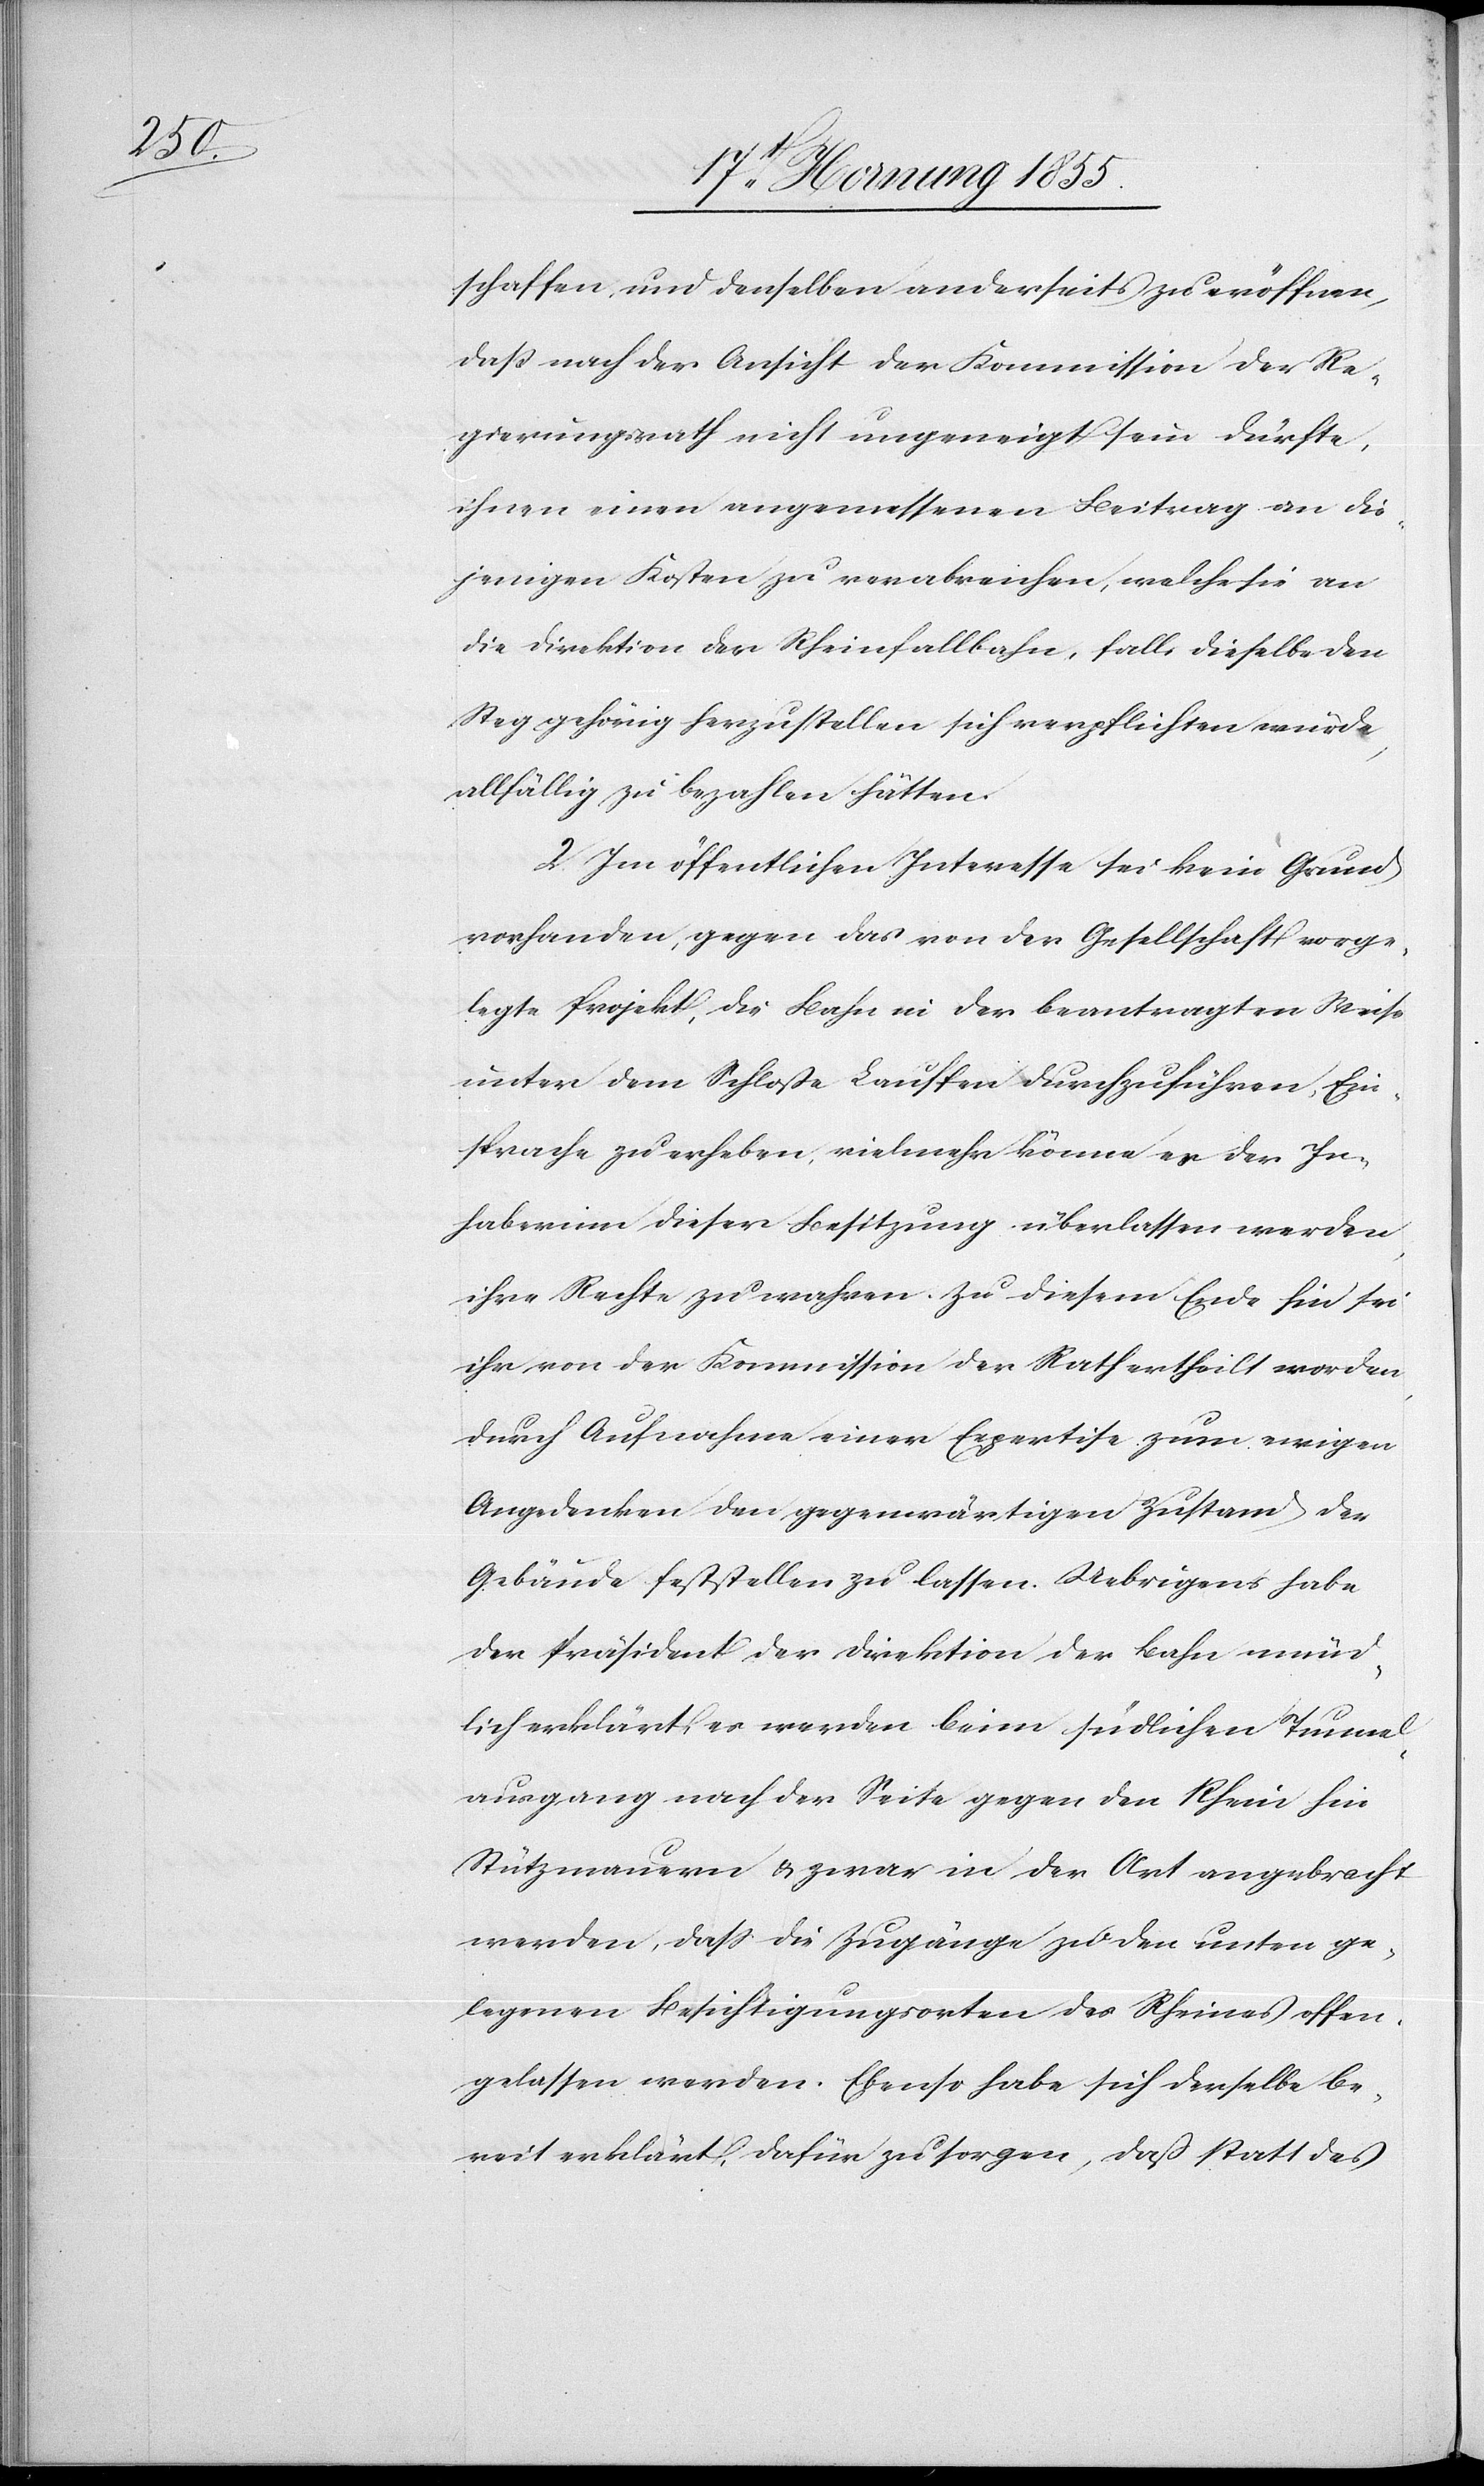
schaffen, und denselben anderseits zu eröffnen,
daß nach der Ansicht der Kommission der Re¬
gierungsrath nicht ungeneigt sein dürfte,
ihnen einen angemessenen Beitrag an die¬
jenigen Kosten zu verabreichen, welche sie an
die Direktion der Rheinfallbahn, falls dieselbe den
Steg gehörig herzustellen sich verpflichten würde,
allfällig zu bezahlen hätten.
2. Im öffentlichen Interesse sei kein Grund
vorhanden, gegen das von der Gesellschaft vorge¬
legte Projekt, die Bahn in der beantragten Weise
unter dem Schloße Lauffen durchzuführen, Ein¬
sprache zu erheben, vielmehr könne es der In¬
haberinn dieser Besitzung überlassen werden,
ihre Rechte zu wahren. Zu diesem Ende hin sei
ihr von der Kommission der Rath ertheilt worden,
durch Aufnahme einer Expertise zum ewigen
Angedenken den gegenwärtigen Zustand der
Gebäude feststellen zu lassen. Uebrigens habe
der Präsident der Direktion der Bahn münd¬
lich erklärt, es werden beim südlichen Tunnel¬
ausgang nach der Seite gegen den Rhein hin
Stützmauern & zwar in der Art angebracht
werden, dass die Zugänge zu den unten ge¬
legenen Besichtigungsorten des Rheines offen¬
gelassen werden. Ebenso habe sich derselbe be¬
reit erklärt, dafür zu sorgen, daß statt des